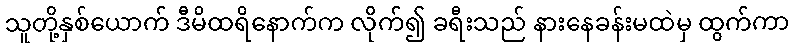
သူတို့နှစ်ယောက် ဒီမိထရိနောက်က လိုက်၍ ခရီးသည် နားနေခန်းမထဲမှ ထွက်ကာ